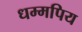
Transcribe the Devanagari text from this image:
धम्मपिय